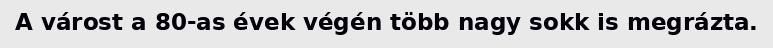
A várost a 80-as évek végén több nagy sokk is megrázta.